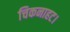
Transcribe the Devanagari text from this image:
चिकनाहट।